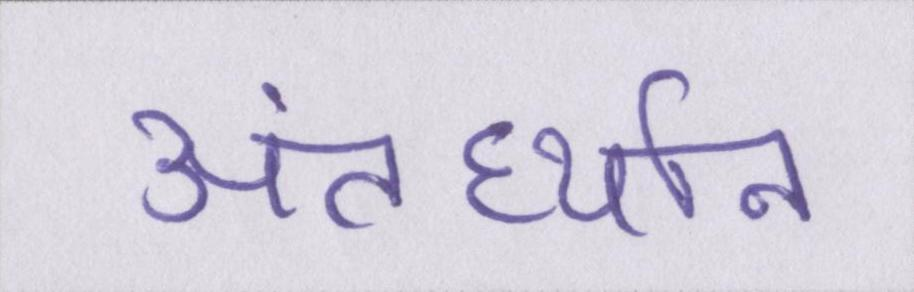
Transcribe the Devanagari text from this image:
अंतर्ध्यान